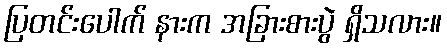
ပြတင်းပေါက် နားက အခြားစားပွဲ ရှိသလား။